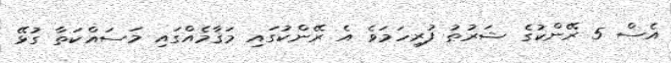
އެސް 5 ރޭންކުގެ ޝަރުޠު ފުރިހަމަވެ އެ ރޭންކުގައި މަޤާމެއްގައި މަސައްކަތާ ގުޅޭ